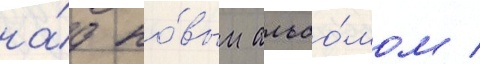
на́д но́вым альбо́мом /